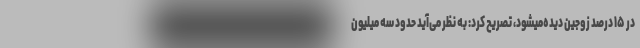
در ۱۵ درصد زوجین دیده‌میشود، تصریح کرد: به نظر می‌آید حدود سه میلیون